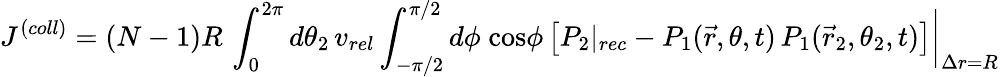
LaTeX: J^{(coll)}=(N-1)R\, \int_{0}^{2\pi}d\theta_{2}\, v_{rel}\int_{-\pi/2}^{\pi/2}d\phi\; \mathrm{cos}\phi\, \big[P_{2}|_{rec}-P_{1}(\vec{r},\theta,t)\, P_{1}(\vec{r}_{2},\theta_{2},t)\big]\bigg|_{\Delta r=R}